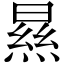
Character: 㬎